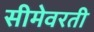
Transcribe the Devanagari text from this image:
सीमेवरती